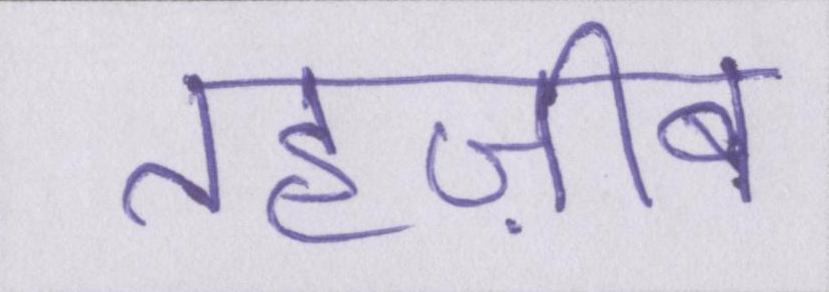
तहज़ीब